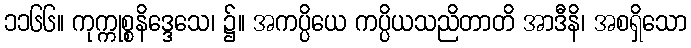
၁၁၆၆။ ကုက္ကုစ္စနိဒ္ဒေသေ၊ ၌။ အကပ္ပိယေ ကပ္ပိယသညိတာတိ အာဒီနိ၊ အစရှိသော